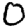
Digit: 0